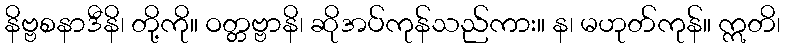
နိဗ္ဗစနာဒီနိ၊ တို့ကို။ ဝတ္တဗ္ဗာနိ၊ ဆိုအပ်ကုန်သည်ကား။ န၊ မဟုတ်ကုန်။ ဣတိ၊